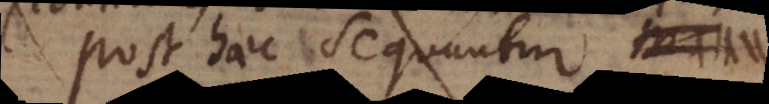
Post haec sequuntur